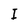
Character: I